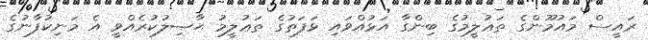
ރައީސް މައުމޫންގެ ތަޢުލީމުގެ ބިންގާ އަޅުއްވައި ޅަފަތުގެ ތަޢުލީމު ޙާޞިލުކުރެއްވީ އެ މަނިކުފާނުގެ